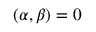
( \alpha , \beta ) = 0